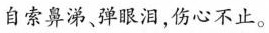
自索鼻涕，弹眼泪，伤心不止。